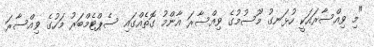
"މި ވިއްސާރައަކީ ހުޅަނގު މޫސުމުގެ ވިއްސާރަ އާންމު ގޮތެއްގައި ސެޕްޓެމްބަރު މަހުގެ ވިއްސާރަ